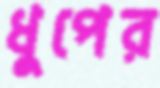
ধুপের